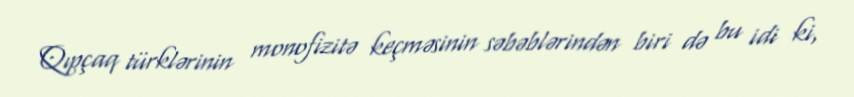
Qıpçaq türklərinin monofizitə keçməsinin səbəblərindən biri də bu idi ki,